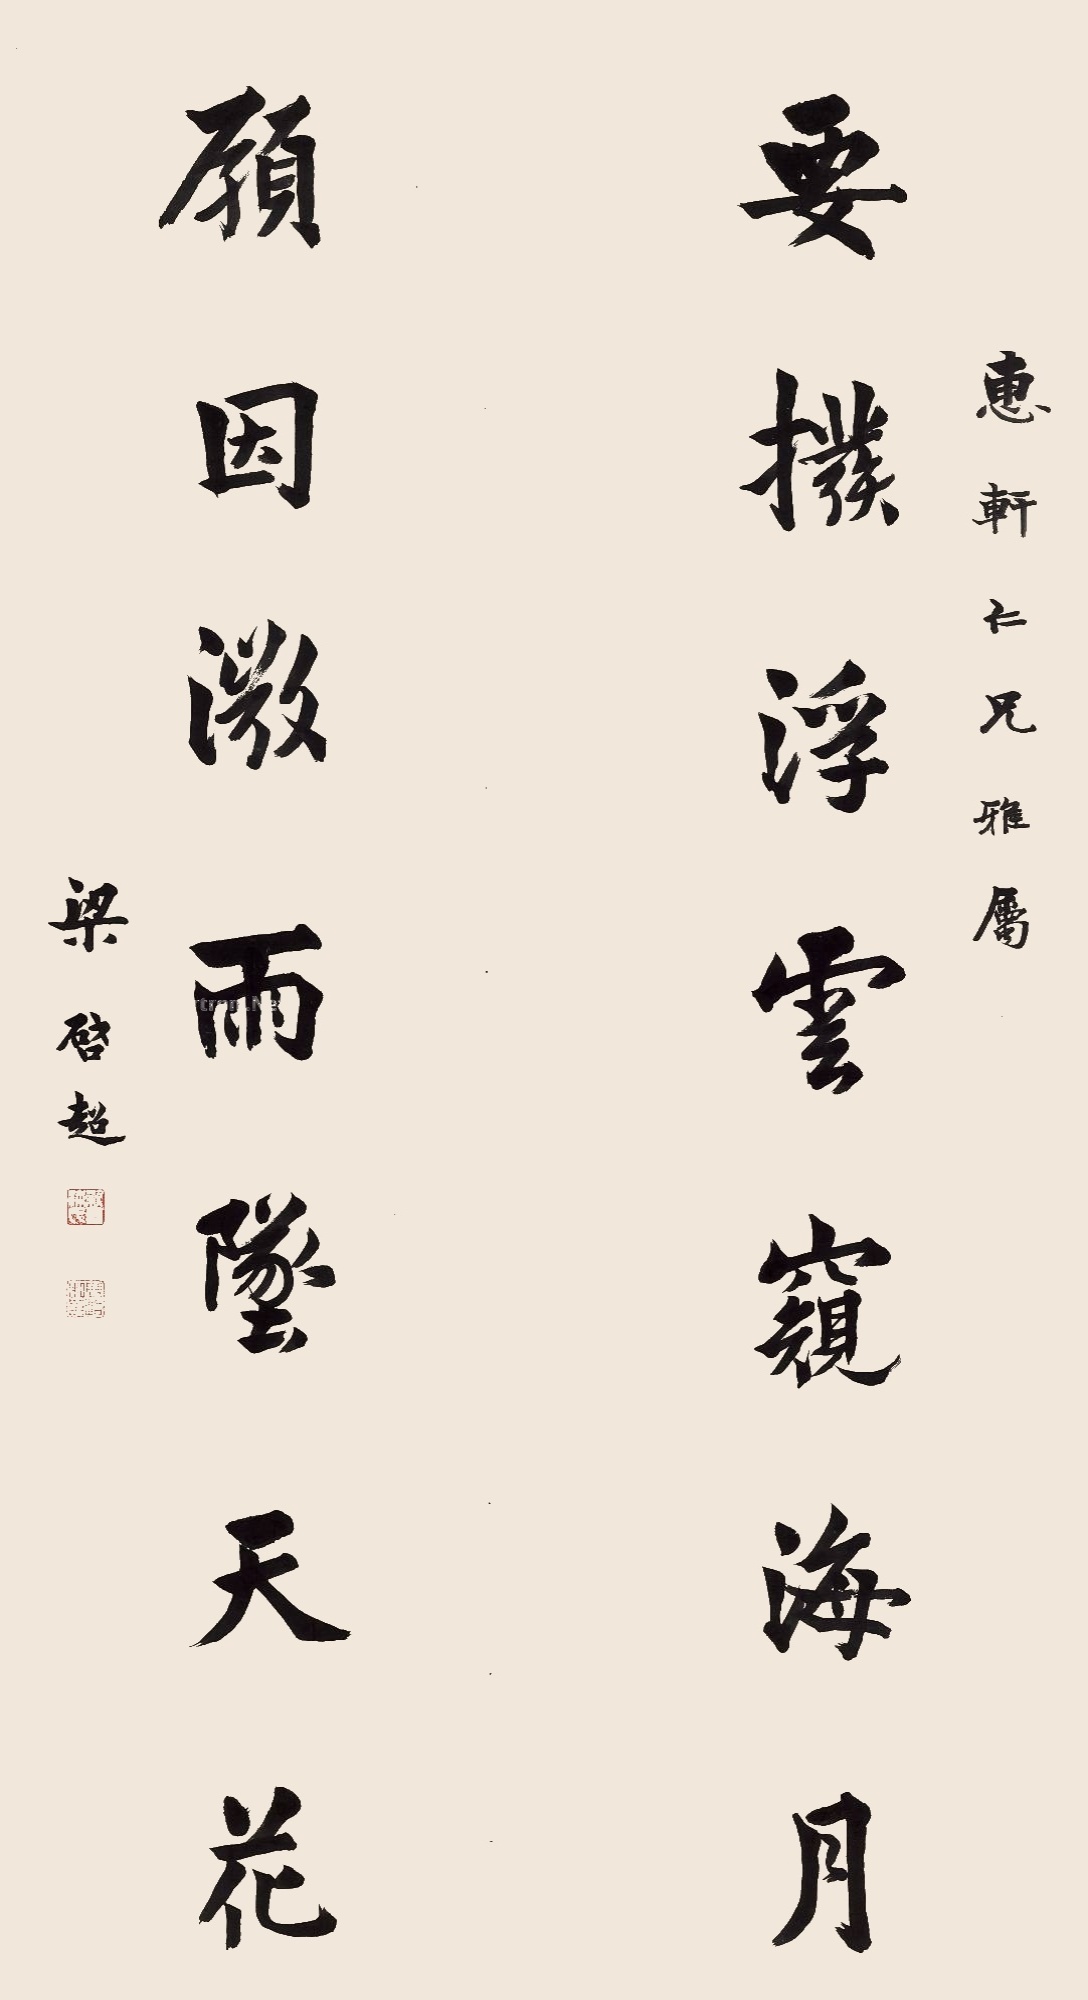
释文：要拨浮云窥海月，愿因微雨坠天花。惠轩仁兄雅属。梁启超。